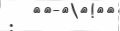
: